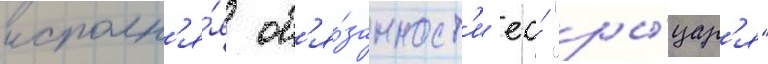
исполн'я́я об'я́занност'и ео́ "ры́цар'я"